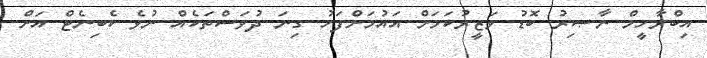
އިބްރާހީމް ނާޞިރު ބޮޑު ވަޒީރުކަމަށް އައުމަށްފަހު ގިނަ ދުވަސްތަކެއް ނުވެ ކެބިނެޓް އަށް